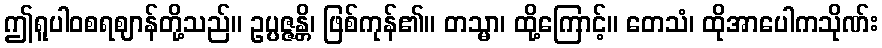
ဤရူပါဝစရဈာန်တို့သည်။ ဥပ္ပဇ္ဇန္တိ၊ ဖြစ်ကုန်၏။ တသ္မာ၊ ထို့ကြောင့်။ တေသံ၊ ထိုအာပေါကသိုဏ်း